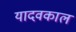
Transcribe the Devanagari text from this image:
यादवकाल